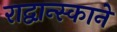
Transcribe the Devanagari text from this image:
राद्वान्स्काने